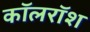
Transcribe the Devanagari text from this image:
कॉलरॉश